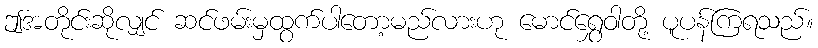
ဤအတိုင်းဆိုလျှင် ဆင်ဖမ်းမှထွက်ပါတော့မည်လားဟု မောင်ရွှေဝါတို့ ပူပန်ကြရသည်။